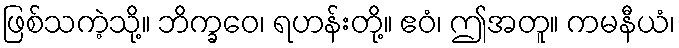
ဖြစ်သကဲ့သို့။ ဘိက္ခဝေ၊ ရဟန်းတို့။ ဧဝံ၊ ဤအတူ။ ကမနီယံ၊